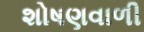
શોષણવાળી